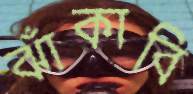
ঝাঁকাবি